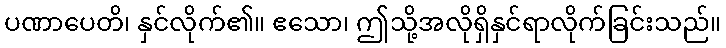
ပဏာပေတိ၊ နှင်လိုက်၏။ ဧသော၊ ဤသို့အလိုရှိနှင်ရာလိုက်ခြင်းသည်။